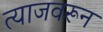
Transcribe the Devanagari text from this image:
त्याजवरून